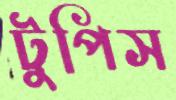
টুপিস